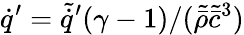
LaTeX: \dot{q}^{\prime}=\tilde{\dot{q}}^{\prime}(\gamma-1)/(\tilde{\bar{\rho}}\tilde{\bar{c}}^{3})